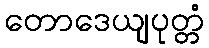
တောဒေယျပုတ္တံ